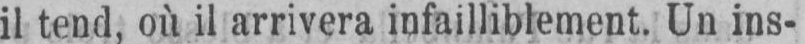
il tend, où il arrivera infailliblement. Un ins-